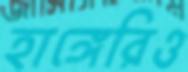
হাঙ্গেরিও